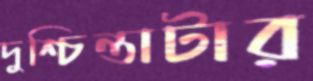
দুশ্চিন্তাটার